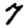
Digit: 7